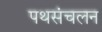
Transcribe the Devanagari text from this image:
पथसंचलन